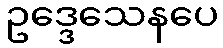
ဥဒ္ဒေသေနပေ